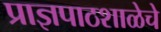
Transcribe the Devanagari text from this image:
प्राज्ञपाठशाळेचे